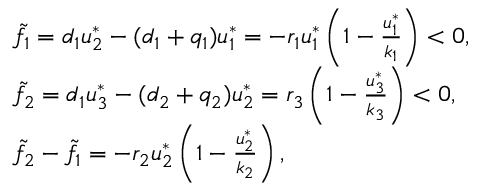
\begin{array} { r l } & { \tilde { f } _ { 1 } = d _ { 1 } u _ { 2 } ^ { * } - ( d _ { 1 } + q _ { 1 } ) u _ { 1 } ^ { * } = - r _ { 1 } u _ { 1 } ^ { * } \left( 1 - \frac { u _ { 1 } ^ { * } } { k _ { 1 } } \right) < 0 , } \\ & { \tilde { f } _ { 2 } = d _ { 1 } u _ { 3 } ^ { * } - ( d _ { 2 } + q _ { 2 } ) u _ { 2 } ^ { * } = r _ { 3 } \left( 1 - \frac { u _ { 3 } ^ { * } } { k _ { 3 } } \right) < 0 , } \\ & { \tilde { f } _ { 2 } - \tilde { f } _ { 1 } = - r _ { 2 } u _ { 2 } ^ { * } \left( 1 - \frac { u _ { 2 } ^ { * } } { k _ { 2 } } \right) , } \end{array}